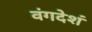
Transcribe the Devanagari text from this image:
वंगदेशं